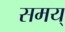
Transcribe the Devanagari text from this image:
समय्